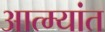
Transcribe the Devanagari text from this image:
आत्म्यांत